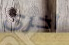
أخرى